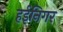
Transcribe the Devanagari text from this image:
हईनिगर